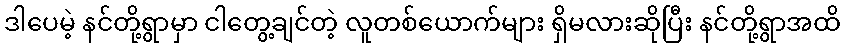
ဒါပေမဲ့ နင်တို့ရွာမှာ ငါတွေ့ချင်တဲ့ လူတစ်ယောက်များ ရှိမလားဆိုပြီး နင်တို့ရွာအထိ